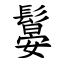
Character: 䰋